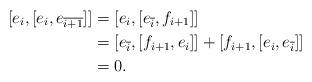
LaTeX: \begin{align*}[e_i,[e_i,e_{\overline{i+1}}]] &= [e_i,[e_{\overline{i}}, f_{i+1} ]]\\&= [e_{\overline{i}}, [f_{i+1}, e_i]] + [f_{i+1}, [e_i, e_{\overline{i}}]]\\&= 0.\end{align*}